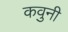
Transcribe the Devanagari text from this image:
कवुनी